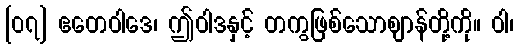
[၀၇] ဧတေဝါဒေ၊ ဤဝါဒနှင့် တကွဖြစ်သောဈာန်တို့ကို။ ဝါ၊